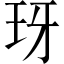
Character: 玡